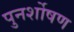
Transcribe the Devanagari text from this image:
पुनर्शोषण